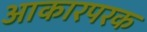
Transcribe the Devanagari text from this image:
आकारपरक